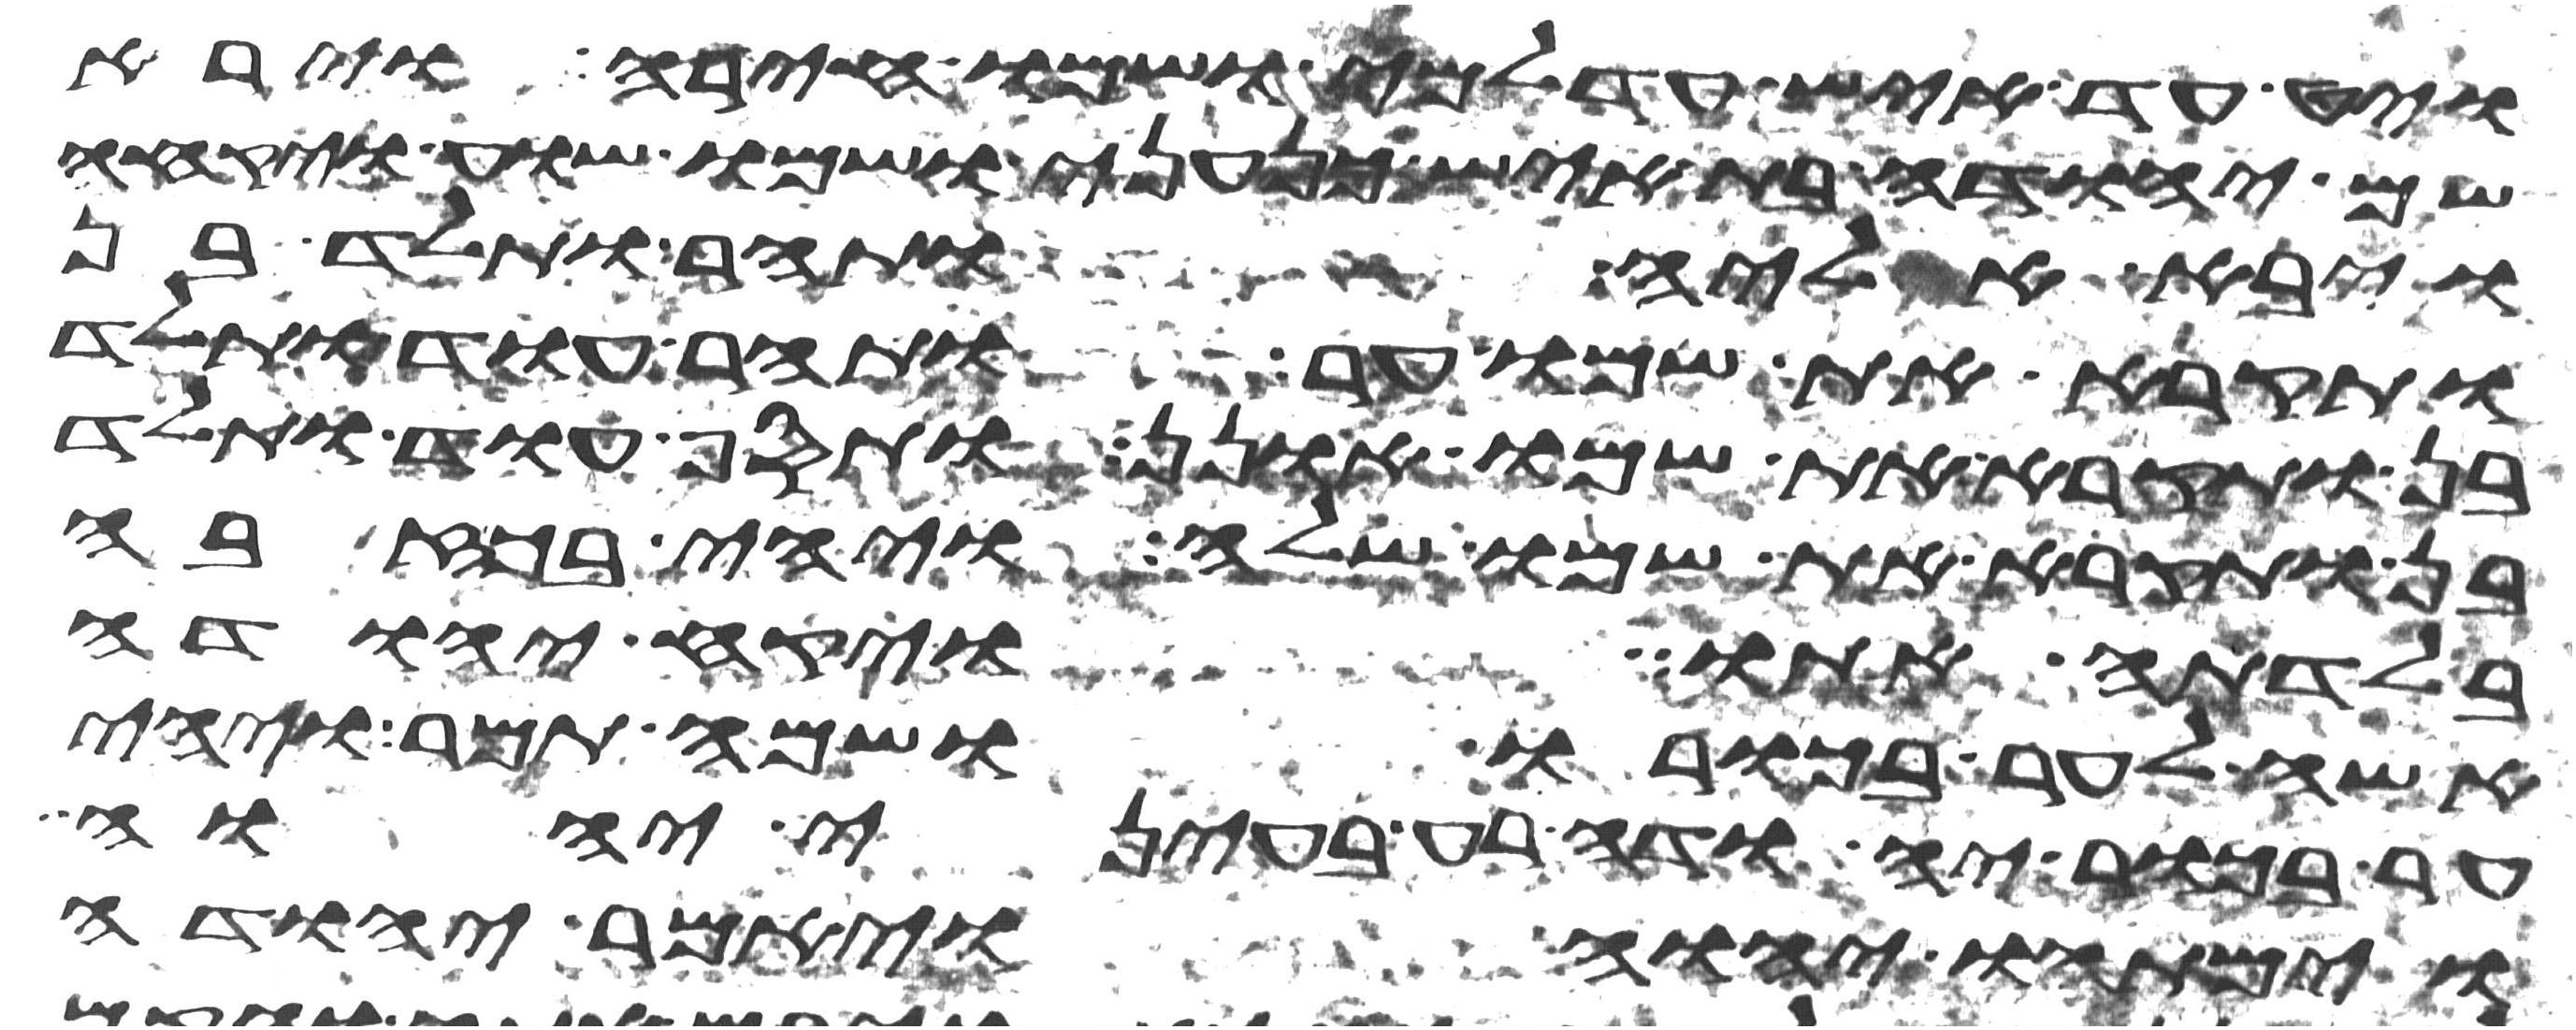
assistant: ויט עד איש עדלמי ושמו חירה וירא
שם יהודה בת איש כנעני ושמו שוע ויקחה
ויבא אליה ותהר ותלד בן
ותקרא את שמו ער ותהר עוד ותלד
בן ותקרא את שמו אונן ותסף עוד ותלד
בן ותקרא את שמו שלה ויהי בכזבה
בלדתה אתו ויקח יהודה
אשה לער בכורו ושמה תמר ויהי
ער בכור יהודה רע בעיני יהוה
וימתהו יהוה ויאמר יהודה